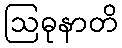
ဩဓုနာတိ